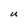
Character: U